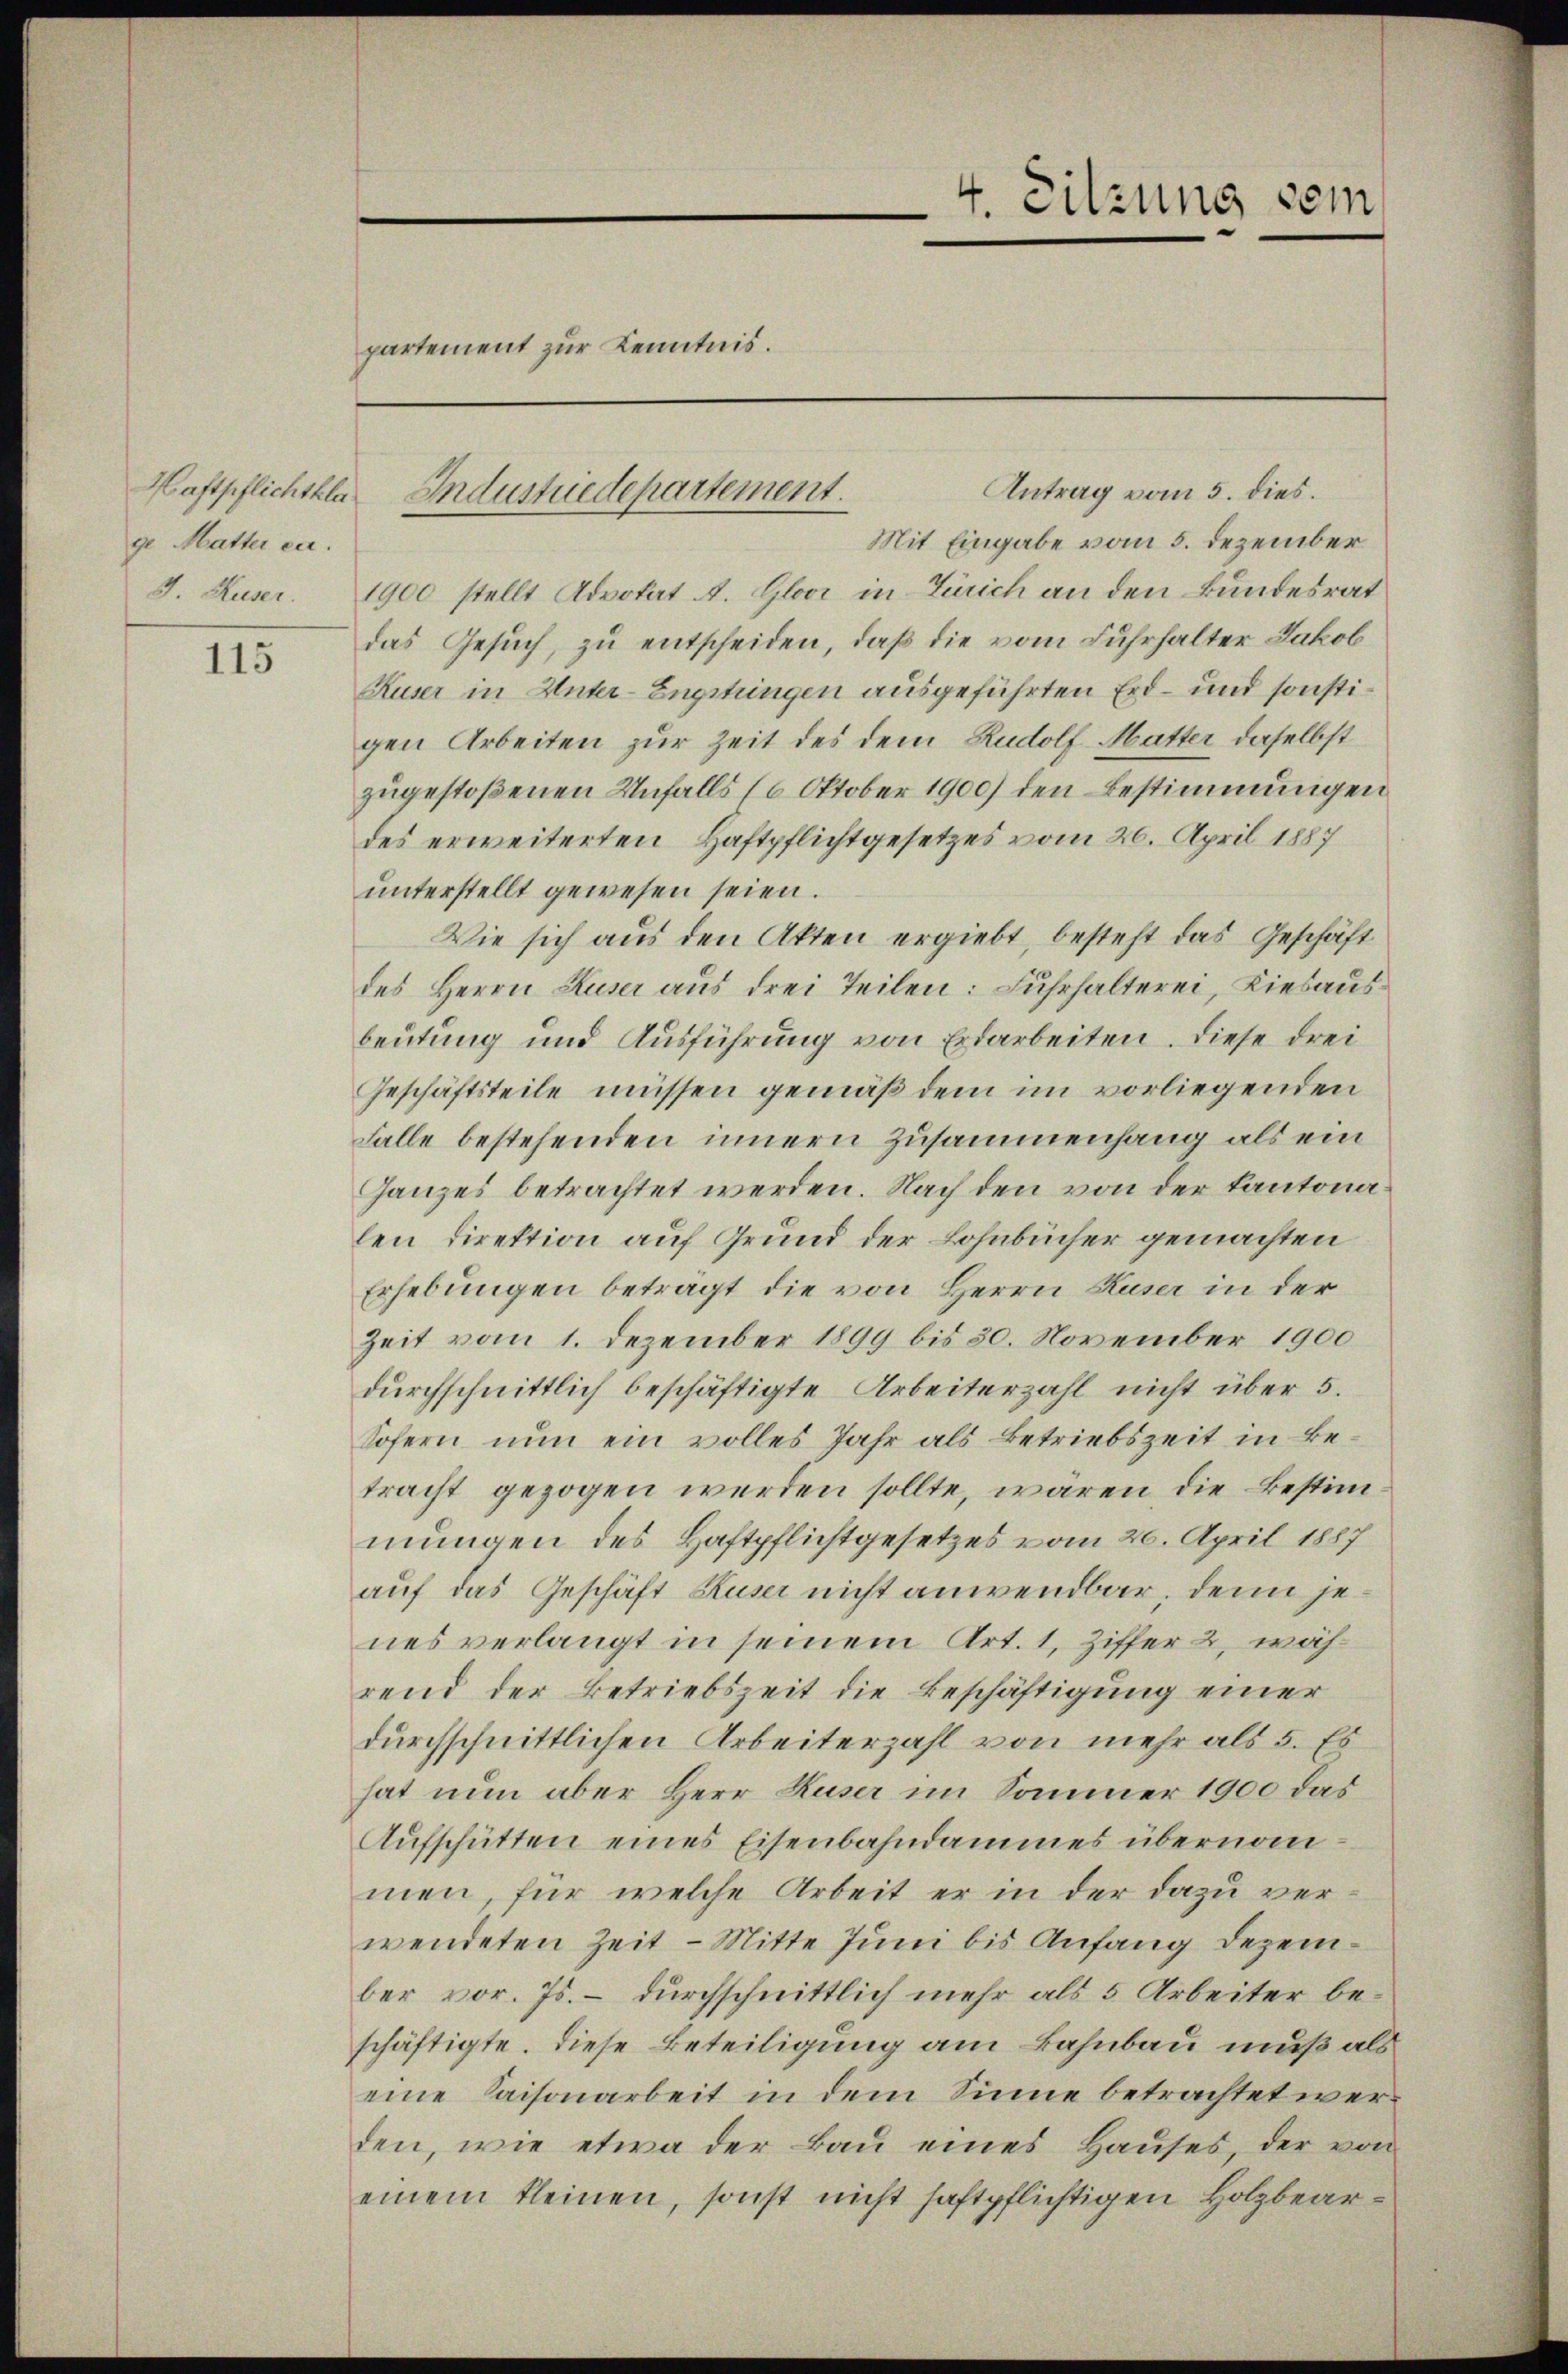
ge Matter ca.
J. Huser.

115

partement zur Kenntnis.

Antrag vom 5. dies.
Mit Eingabe vom 5. Dezember
1900 stellt Advokat A. Gloor in Zürich an den Bundesrat
das Gesuch, zu entscheiden, daß die vom Fuhrhalter Jakob
Kuser in Unter-Engstungen ausgeführten Erd- und sonstigen Arbeiten zur Zeit des dem Rudolf Matter daselbst
zugestoßenen Unfalls (6 Oktober 1900) den Bestimmungen
des erweiterten Haftpflichtgesetzes vom 26. April 1887
unterstellt gewesen seien.
Wie sich aus den Akten ergiebt, besteht das Geschäft
des Herrn Ruser aus drei Teilen: Fuhrhalterei, Kiesausbeutung und Ausführung von Erdarbeiten. Diese drei
Geschäftsteile müssen gemäß dem im vorliegenden
Falle bestehenden innern zusammenhang als ein
Ganzes betrachtet werden. Nach den von der Kantonalen Direktion auf Grund der Lohnbücher gemachten
Erhebungen betragt die von Herrn Ruser in der
Zeit vom 1. Dezember 1899 bis 30. November 1900
durchschnittlich beschäftigte Arbeiterzahl nicht über 5.
Sofern nun ein volles Jahr als Betriebszeit in Betracht gezogen werden sollte, waren die Bestimmungen des Haftpflichtgesetzes vom 20. April 1887
auf das Geschäft Ruser nicht anwendbar. Denn jenes verlangt in seinem Art. 1, Ziffer 2, während der Betriebszeit die Beschäftigung einer
durchschnittlichen Arbeiterzahl von mehr als 5. Es
hat nun aber Herr Ruser im Sommer 1900 das
Aŭfschütten eines Eisenbahndammes übernommen, für welche Arbeit er in der dazu verwendeten Zeit - Mitte Juni bis Anfang Dezember vor. Js. – durchschnittlich mehr als 5 Arbeiter beschäftigte. Diese Beteiligung am Bahnbau muß als
eine Saisonarbeit in dem Sinne betrachtet werden, wie etwa der Bau eines Hauses, der von
einem kleinen, sonst nicht haftpflichtigen Holzbear¬

Haftpflichtkla. Industriedepartement.

4. Sitzung sein